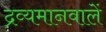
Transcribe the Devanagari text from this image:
द्रव्यमानवालें